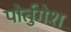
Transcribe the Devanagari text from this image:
पोर्तुगेश